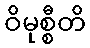
ဝိမုစ္စီတိ